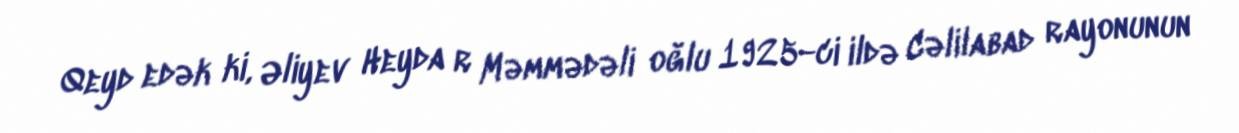
Qeyd edək ki, Əliyev Heyda r Məmmədəli oğlu 1925-ci ildə Cəlilabad rayonunun